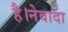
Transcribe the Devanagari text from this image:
है।नेवादा